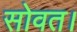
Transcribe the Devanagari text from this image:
सोवत।